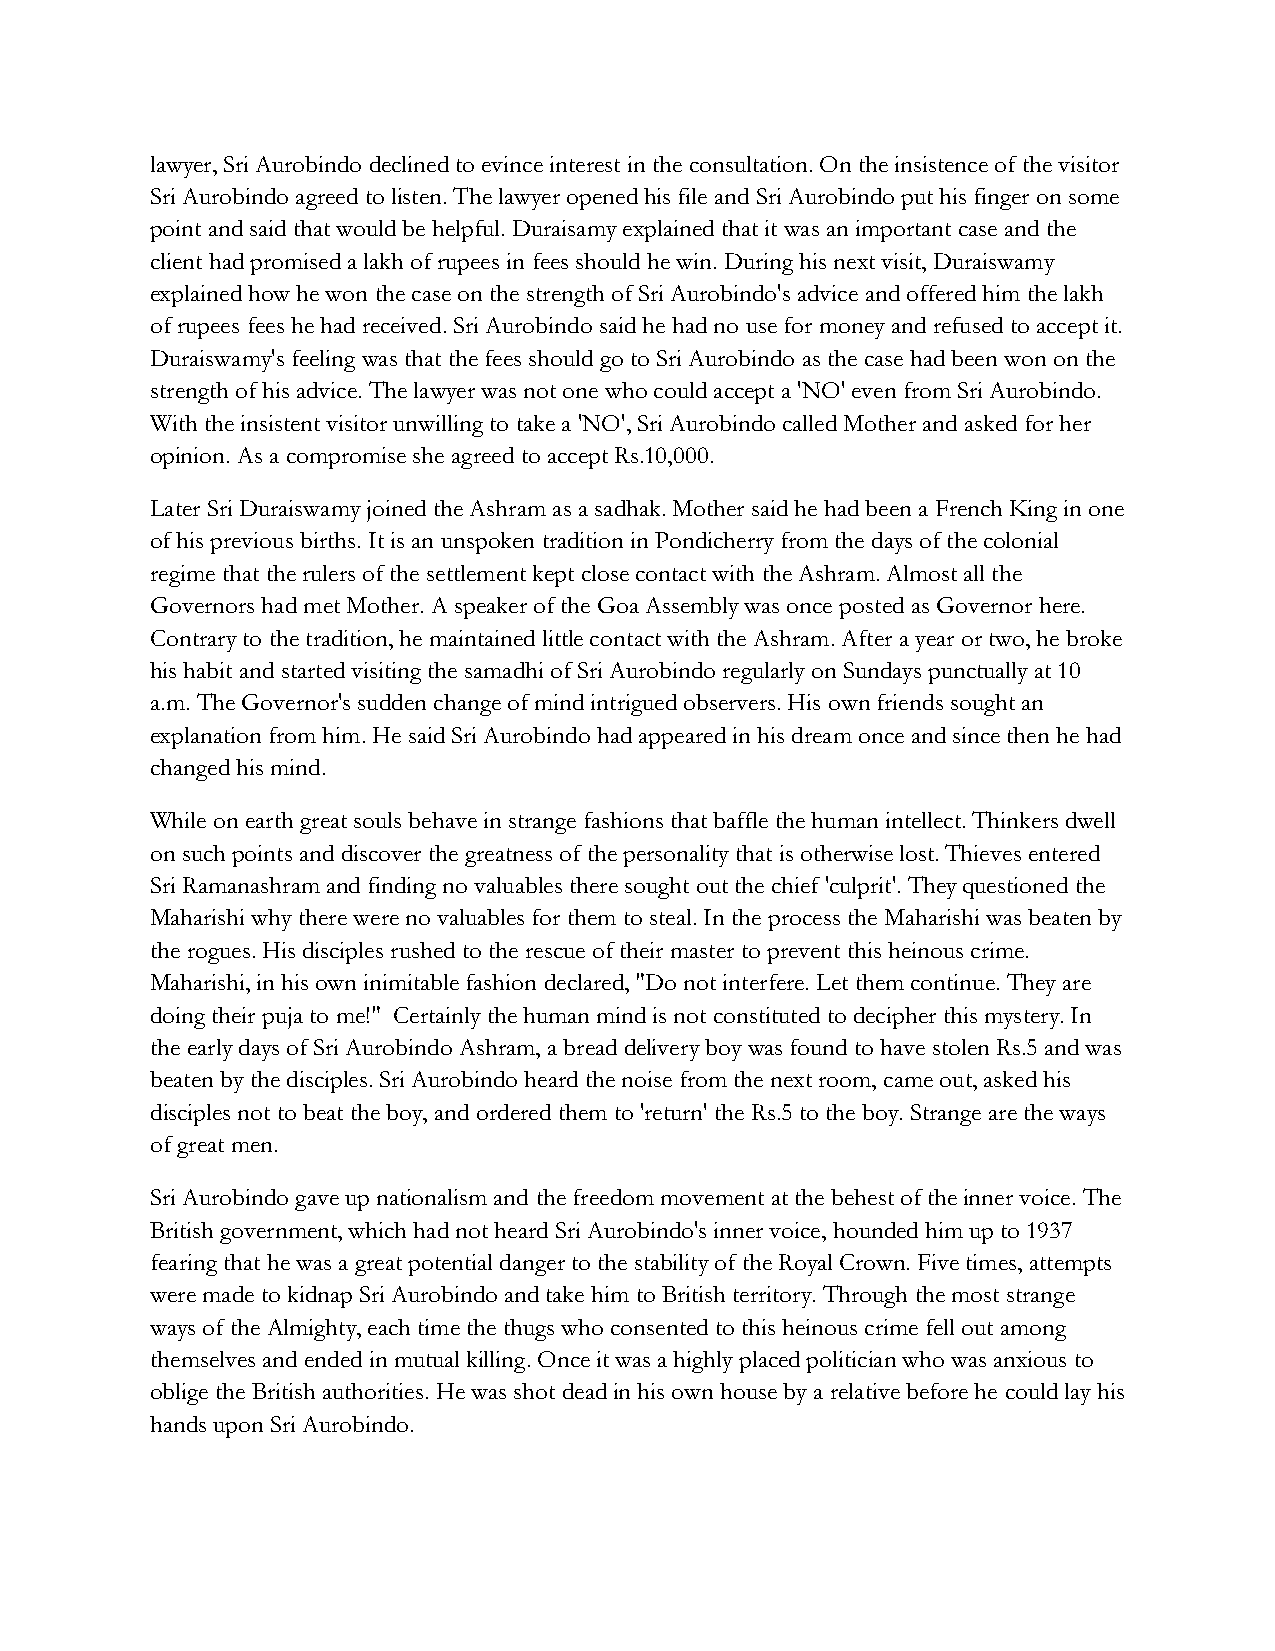
lawyer, Sri Aurobindo declined to evince interest in the consultation. On the insistence of the visitor
 Sri Aurobindo agreed to listen. The lawyer opened his file and Sri Aurobindo put his finger on some
 point and said that would be helpful. Duraisamy explained that it was an important case and the
 client had promised a lakh of rupees in fees should he win. During his next visit, Duraiswamy
 explained how he won the case on the strength of Sri Aurobindo's advice and offered him the lakh
 of rupees fees he had received. Sri Aurobindo said he had no use for money and refused to accept it.
 Duraiswamy's feeling was that the fees should go to Sri Aurobindo as the case had been won on the
 strength of his advice. The lawyer was not one who could accept a 'NO' even from Sri Aurobindo.
 With the insistent visitor unwilling to take a 'NO', Sri Aurobindo called Mother and asked for her
 opinion. As a compromise she agreed to accept Rs.10,000.
 Later Sri Duraiswamy joined the Ashram as a sadhak. Mother said he had been a French King in one
 of his previous births. It is an unspoken tradition in Pondicherry from the days of the colonial
 regime that the rulers of the settlement kept close contact with the Ashram. Almost all the
 Governors had met Mother. A speaker of the Goa Assembly was once posted as Governor here.
 Contrary to the tradition, he maintained little contact with the Ashram. After a year or two, he broke
 his habit and started visiting the samadhi of Sri Aurobindo regularly on Sundays punctually at 10
 a.m. The Governor's sudden change of mind intrigued observers. His own friends sought an
 explanation from him. He said Sri Aurobindo had appeared in his dream once and since then he had
 changed his mind.
 While on earth great souls behave in strange fashions that baffle the human intellect. Thinkers dwell
 on such points and discover the greatness of the personality that is otherwise lost. Thieves entered
 Sri Ramanashram and finding no valuables there sought out the chief 'culprit'. They questioned the
 Maharishi why there were no valuables for them to steal. In the process the Maharishi was beaten by
 the rogues. His disciples rushed to the rescue of their master to prevent this heinous crime.
 Maharishi, in his own inimitable fashion declared, "Do not interfere. Let them continue. They are
 doing their puja to me!" Certainly the human mind is not constituted to decipher this mystery. In
 the early days of Sri Aurobindo Ashram, a bread delivery boy was found to have stolen Rs.5 and was
 beaten by the disciples. Sri Aurobindo heard the noise from the next room, came out, asked his
 disciples not to beat the boy, and ordered them to 'return' the Rs.5 to the boy. Strange are the ways
 of great men.
 Sri Aurobindo gave up nationalism and the freedom movement at the behest of the inner voice. The
 British government, which had not heard Sri Aurobindo's inner voice, hounded him up to 1937
 fearing that he was a great potential danger to the stability of the Royal Crown. Five times, attempts
 were made to kidnap Sri Aurobindo and take him to British territory. Through the most strange
 ways of the Almighty, each time the thugs who consented to this heinous crime fell out among
 themselves and ended in mutual killing. Once it was a highly placed politician who was anxious to
 oblige the British authorities. He was shot dead in his own house by a relative before he could lay his
 hands upon Sri Aurobindo.